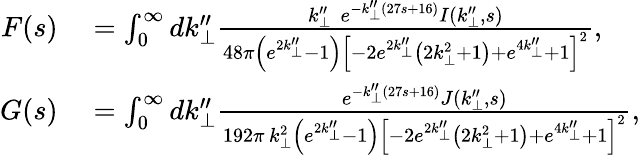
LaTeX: \begin{array}{rl}{F(s)}&{{}=\int_{0}^{\infty}dk_{\perp}^{\prime\prime}\frac{k_{\perp}^{\prime\prime}\, \, e^{-k_{\perp}^{\prime\prime}(27s+16)}I(k_{\perp}^{\prime\prime},s)}{48\pi\left(e^{2k_{\perp}^{\prime\prime}}-1\right)\left[-2e^{2k_{\perp}^{\prime\prime}}\left(2k_{\perp}^{2}+1\right)+e^{4k_{\perp}^{\prime\prime}}+1\right]^{2}},}\\ {G(s)}&{{}=\int_{0}^{\infty}dk_{\perp}^{\prime\prime}\frac{e^{-k_{\perp}^{\prime\prime}(27s+16)}J(k_{\perp}^{\prime\prime},s)}{192\pi\, k_{\perp}^{2}\left(e^{2k_{\perp}^{\prime\prime}}-1\right)\left[-2e^{2k_{\perp}^{\prime\prime}}\left(2k_{\perp}^{2}+1\right)+e^{4k_{\perp}^{\prime\prime}}+1\right]^{2}},}\end{array}